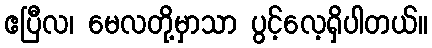
ဧပြီလ၊ မေလတို့မှာသာ ပွင့်လေ့ရှိပါတယ်။